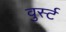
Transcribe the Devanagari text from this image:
वुर्स्ट